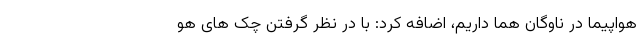
هواپیما در ناوگان هما داریم، اضافه کرد: با در نظر گرفتن چک های هو